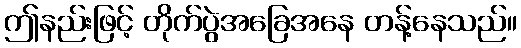
ဤနည်းဖြင့် တိုက်ပွဲအခြေအနေ တန့်နေသည်။